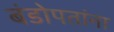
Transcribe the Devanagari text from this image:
बंडोपतांना